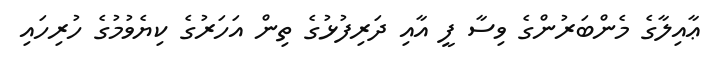
ޢާއިލާގެ މެންބަރުންގެ ވިސާ ފީ އާއި ދަރިފުޅުގެ ތިން އަހަރުގެ ކިޔެވުމުގެ ހުރިހައި